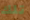
تلك